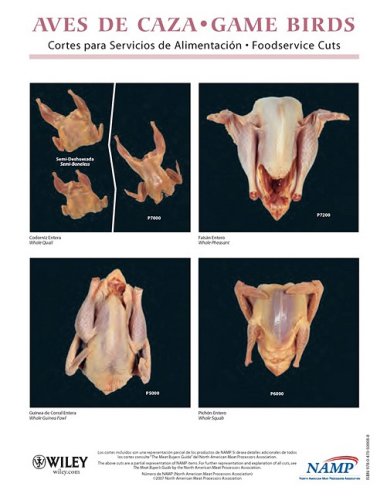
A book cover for North American Meat Processors Association Spanish Game Birds Notebook Guides - Set of 5 / Guas del Cuaderno de Aves de Caza en Espaol para la ... de Carne - Juego de 5 (Spanish Edition); NAMP North American Meat Processors Association; Cookbooks, Food & Wine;